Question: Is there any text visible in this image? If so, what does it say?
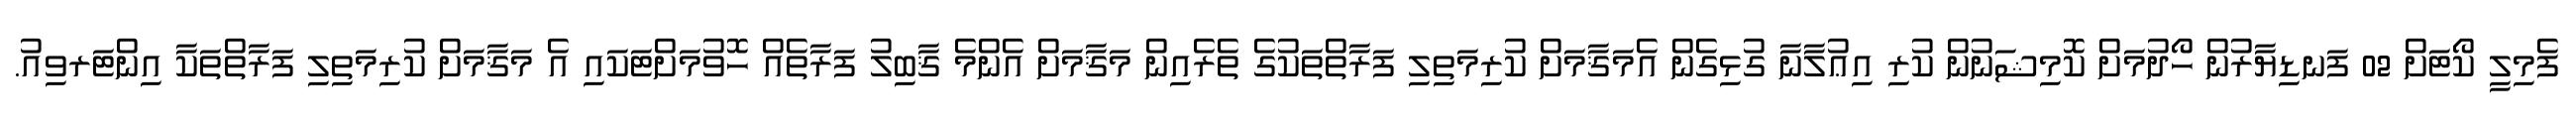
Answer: ފެމިލީ ކޯޓަށް 02 ފަނޑިޔާރުން ހޯދުމަށް ކޮމިޝަނުން ކުރި އިޢުލާނާ ގުޅިގެން އެމަޤާމަށް ކުރިމަތިލި ފަރާތްތަކުގެ ތެރެއިން މަޤާމަށް އެންމެ ޤާބިލު ފަރާތެއް ހޮވުމަށްޓަކައި އެ މަޤާމަށް ކުރިމަތިލި ފަރާތްތަކާ އިންޓަރވިއު.